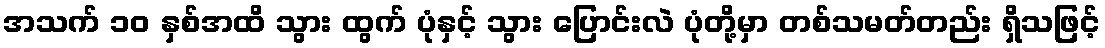
အသက် ၁၀ နှစ်အထိ သွား ထွက် ပုံနှင့် သွား ပြောင်းလဲ ပုံတို့မှာ တစ်သမတ်တည်း ရှိသဖြင့်